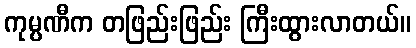
ကုမ္ပဏီက တဖြည်းဖြည်း ကြီးထွားလာတယ်။